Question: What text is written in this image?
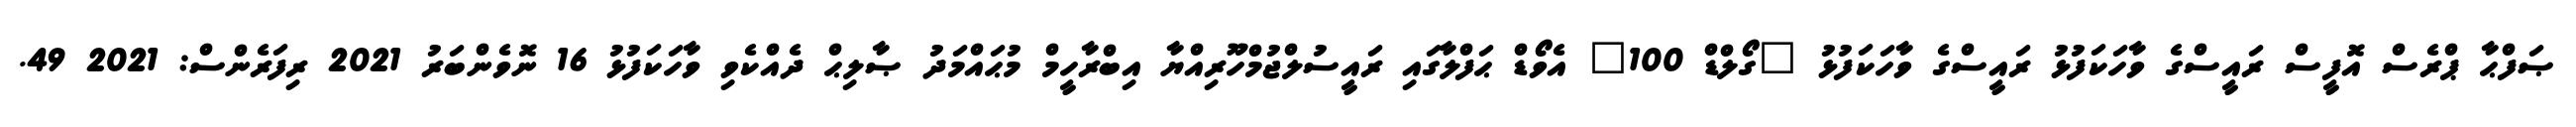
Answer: ޞަފްޙާ ޕްރެސް އޮފީސް ރައީސްގެ ވާހަކަފުޅު ރައީސްގެ ވާހަކަފުޅު "ގޯލްޑް 100" އެވޯޑް ޙަފްލާގައި ރައީސުލްޖުމްހޫރިއްޔާ އިބްރާހީމް މުޙައްމަދު ޞާލިޙް ދެއްކެވި ވާހަކަފުޅު 16 ނޮވެންބަރު 2021 ރިފަރެންސް: 2021 49.